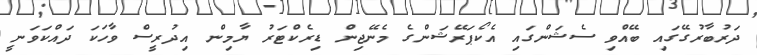
ދަރުބާރުގޭގައި ބޭއްވި ސެޝަންގައި އެކޯޕަރޭޝަންގެ މެނޭޖިން ޑިރެކްޓަރު ޔާމިން އިދުރީސް ވާހަކަ ދައްކަވަނީ